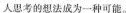
思考的想法成为一种可能。